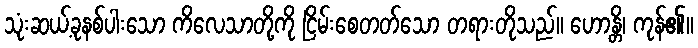
သုံးဆယ့်ခုနစ်ပါးသော ကိလေသာတို့ကို ငြိမ်းစေတတ်သော တရားတိုသည်။ ဟောန္တိ၊ ကုန်၏။